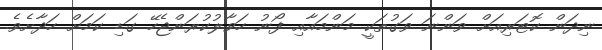
ނިދަން ކޮޓަރިއަށް ވަންނަ ވަގުތަކީ މަންމައާއި ފޯނު ހަވާލުކުރަންޖެހޭ ގަޑި ކަމަށް ހަދާށެވެ.